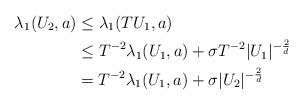
LaTeX: \begin{align*}\lambda_1(U_2,a) &\leq \lambda_1(TU_1,a) \\&\leq T^{-2}\lambda_1(U_1,a)+ \sigma T^{-2}|U_1|^{-\frac{2}{d}}\\&=T^{-2}\lambda_1(U_1,a)+ \sigma|U_2|^{-\frac{2}{d}} \end{align*}